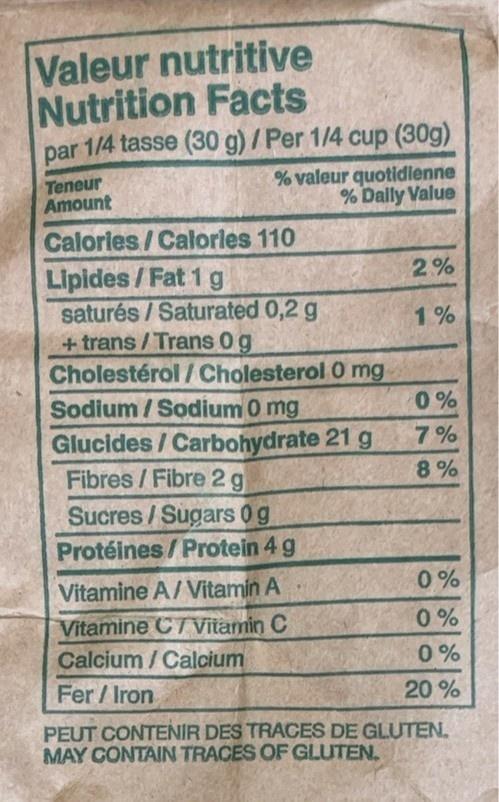
Valeur nutritive Nutrition Facts
par 1/4 tasse (30 g) / Per 1/4 cup (30g)
% valeur quotidienne % Daily Value
Teneur Amount
Calories/Calories 110
Lipides/Fat 1 g
saturés/Saturated 0,2 g
+trans/Trans 0 g
Cholestérol/Cholesterol 0 mg
Sodium/Sodium 0 mg
Glucides/Carbohydrate 21 g
Fibres/Fibre 2g
Sucres/Sugars 0 g
Protéines/Protein 4 g
Vitamine A/Vitamin A
Vitamine C Vitamin C
Calcium/Calcium
2%
1%
0%
7%
8%
0%
0%
0%
20%
Fer/Iron
PEUT CONTENIR DES TRACES DE GLUTEN. MAY CONTAIN TRACES OF GLUTEN.